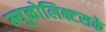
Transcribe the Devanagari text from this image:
म्यूकोलिक्टसके